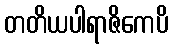
တတိယပါရာဇိကေပိ